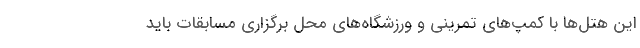
این هتل‌ها با کمپ‌هاى تمرینى و ورزشگاه‌های محل برگزارى مسابقات باید